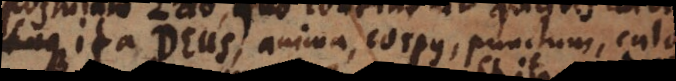
ita Deus, anima, corpus, punctum, calor